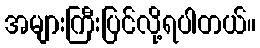
အများကြီးပြင်လို့ရပါတယ်။